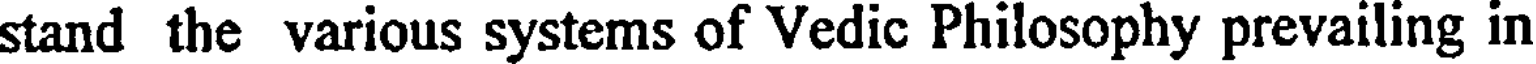
stand the various systems of Vedic Philosophy prevailing in